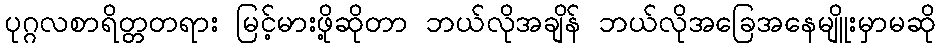
ပုဂ္ဂလစာရိတ္တတရား မြင့်မားဖို့ဆိုတာ ဘယ်လိုအချိန် ဘယ်လိုအခြေအနေမျိူးမှာမဆို